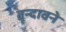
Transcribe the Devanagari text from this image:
वृन्दावने